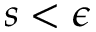
s < \epsilon